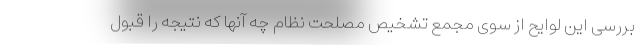
بررسی این لوایح از سوی مجمع تشخیص مصلحت نظام چه آنها که نتیجه را قبول